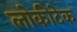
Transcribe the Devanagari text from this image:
लोकीटेक